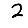
Digit: 2